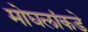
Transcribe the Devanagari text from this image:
मोघलांकडे